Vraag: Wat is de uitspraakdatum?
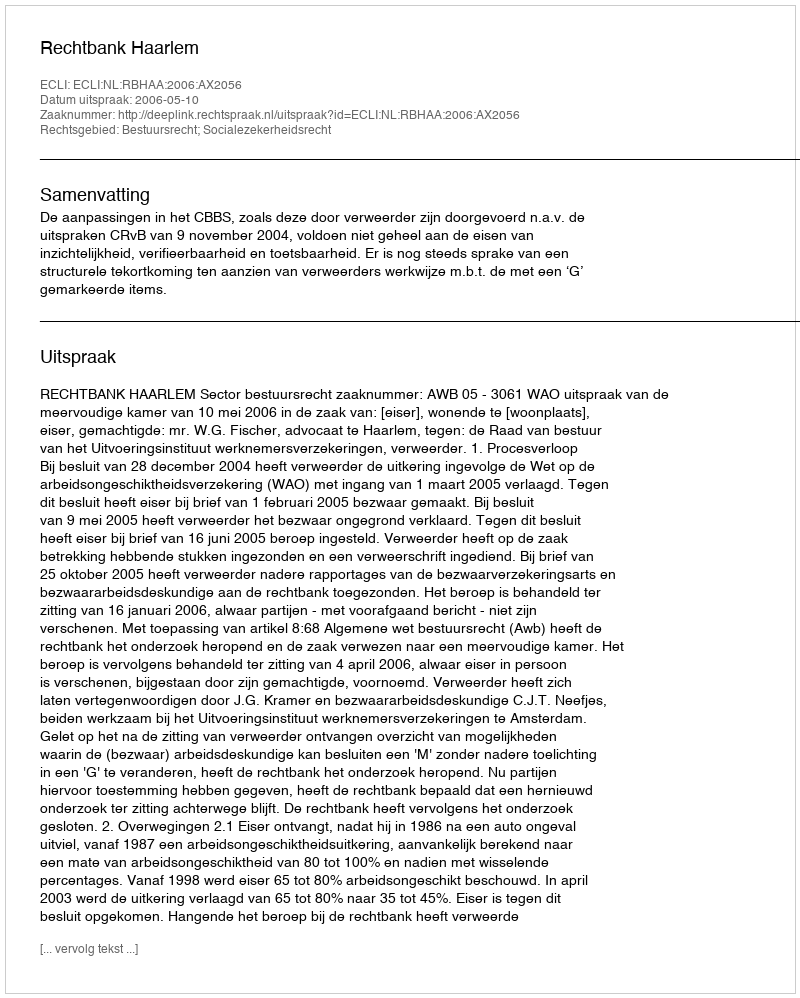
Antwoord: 2006-05-10